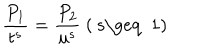
\frac { P _ { 1 } } { t ^ { s } } = \frac { P _ { 2 } } { u ^ { s } } \ \mathrm { ( ~ s \geq ~ 1 ) }